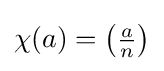
\chi (a)=\left({\tfrac {a}{n}}\right)